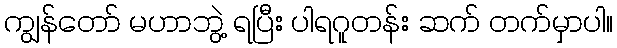
ကျွန်တော် မဟာဘွဲ့ ရပြီး ပါရဂူတန်း ဆက် တက်မှာပါ။